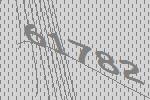
61782